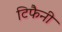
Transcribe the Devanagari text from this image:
टिफैनी